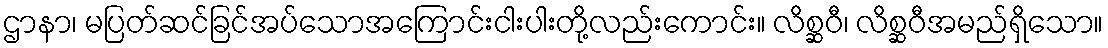
ဌာနာ၊ မပြတ်ဆင်ခြင်အပ်သောအကြောင်းငါးပါးတို့လည်းကောင်း။ လိစ္ဆဝီ၊ လိစ္ဆဝီအမည်ရှိသော။